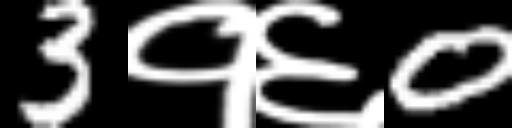
Text: 3१६0